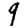
Digit: 9